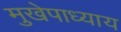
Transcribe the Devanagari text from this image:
मुखेपाध्याय